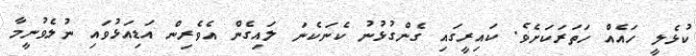
ކުޅެލީ ހައެއް ހަތަރަކަށެވެ. ކައިރީގައި ގެންގުޅުނު ކެނަކެނަ ލައިގެން އެވެރިން އަޑިއަޅުވައި ނުލެވުނީމާ